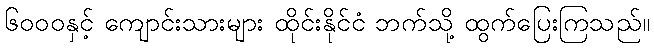
၆၀၀၀နှင့် ကျောင်းသားများ ထိုင်းနိုင်ငံ ဘက်သို့ ထွက်ပြေးကြသည်။